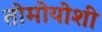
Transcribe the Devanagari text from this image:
तोमोयोशी